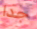
جدا